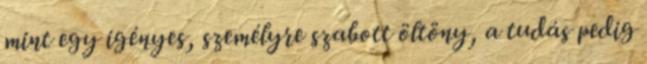
mint egy igényes, személyre szabott öltöny, a tudás pedig